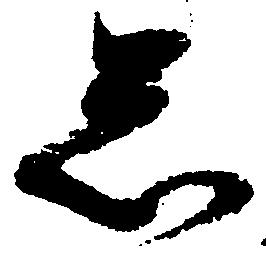
忩